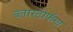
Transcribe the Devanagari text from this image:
ब्लास्टोफॅगा